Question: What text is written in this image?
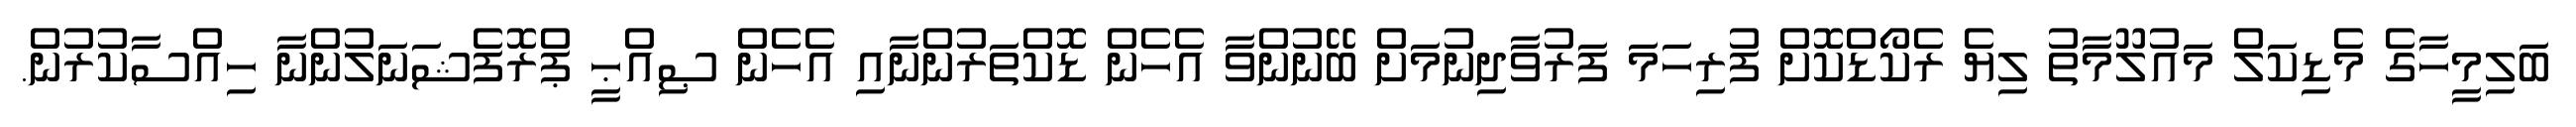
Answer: ބަލިމީހާގެ މެޑިކަލް މައުލޫމާތު ލިޔެ ރެކޯޑްކޮށް ފުރިހަމަ ފަރުވާދިނުމަށް ބޭނުންވާ އެހެން ޑޮކްތަރުންނާއި އެހެން ޞިއްޙީ ޕްރޮފެޝަނަލުންނާ ހިއްސާކުރުން.